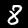
Label: 8